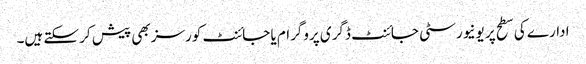
ادارے کی سطح پر یونیورسٹی جائنٹ ڈگری پروگرام یا جائنٹ کورسز بھی پیش کر سکتے ہیں۔